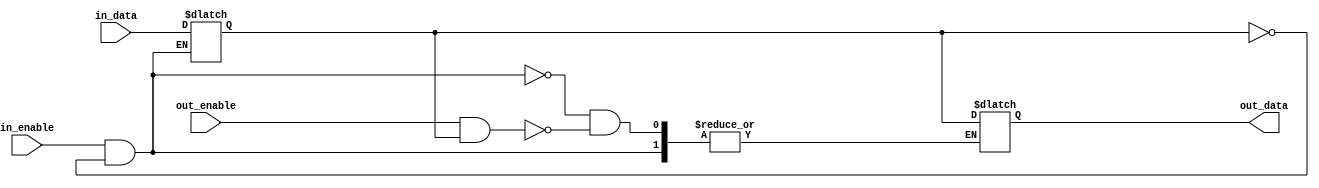
module io_blocks_compensated_buffer (
    input wire in_data,
    output wire out_data,
    input wire in_enable,
    input wire out_enable
);

reg buffer;

always @ (in_data, in_enable, out_enable) begin
    if (in_enable && ~buffer) begin
        buffer <= in_data;
    end else if (out_enable && buffer) begin
        out_data <= buffer;
    end
end

endmodule